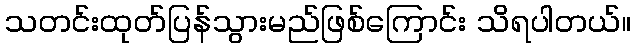
သတင်းထုတ်ပြန်သွားမည်ဖြစ်ကြောင်း သိရပါတယ်။